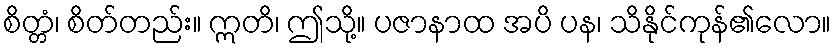
စိတ္တံ၊ စိတ်တည်း။ ဣတိ၊ ဤသို့။ ပဇာနာထ အပိ ပန၊ သိနိုင်ကုန်၏လော။